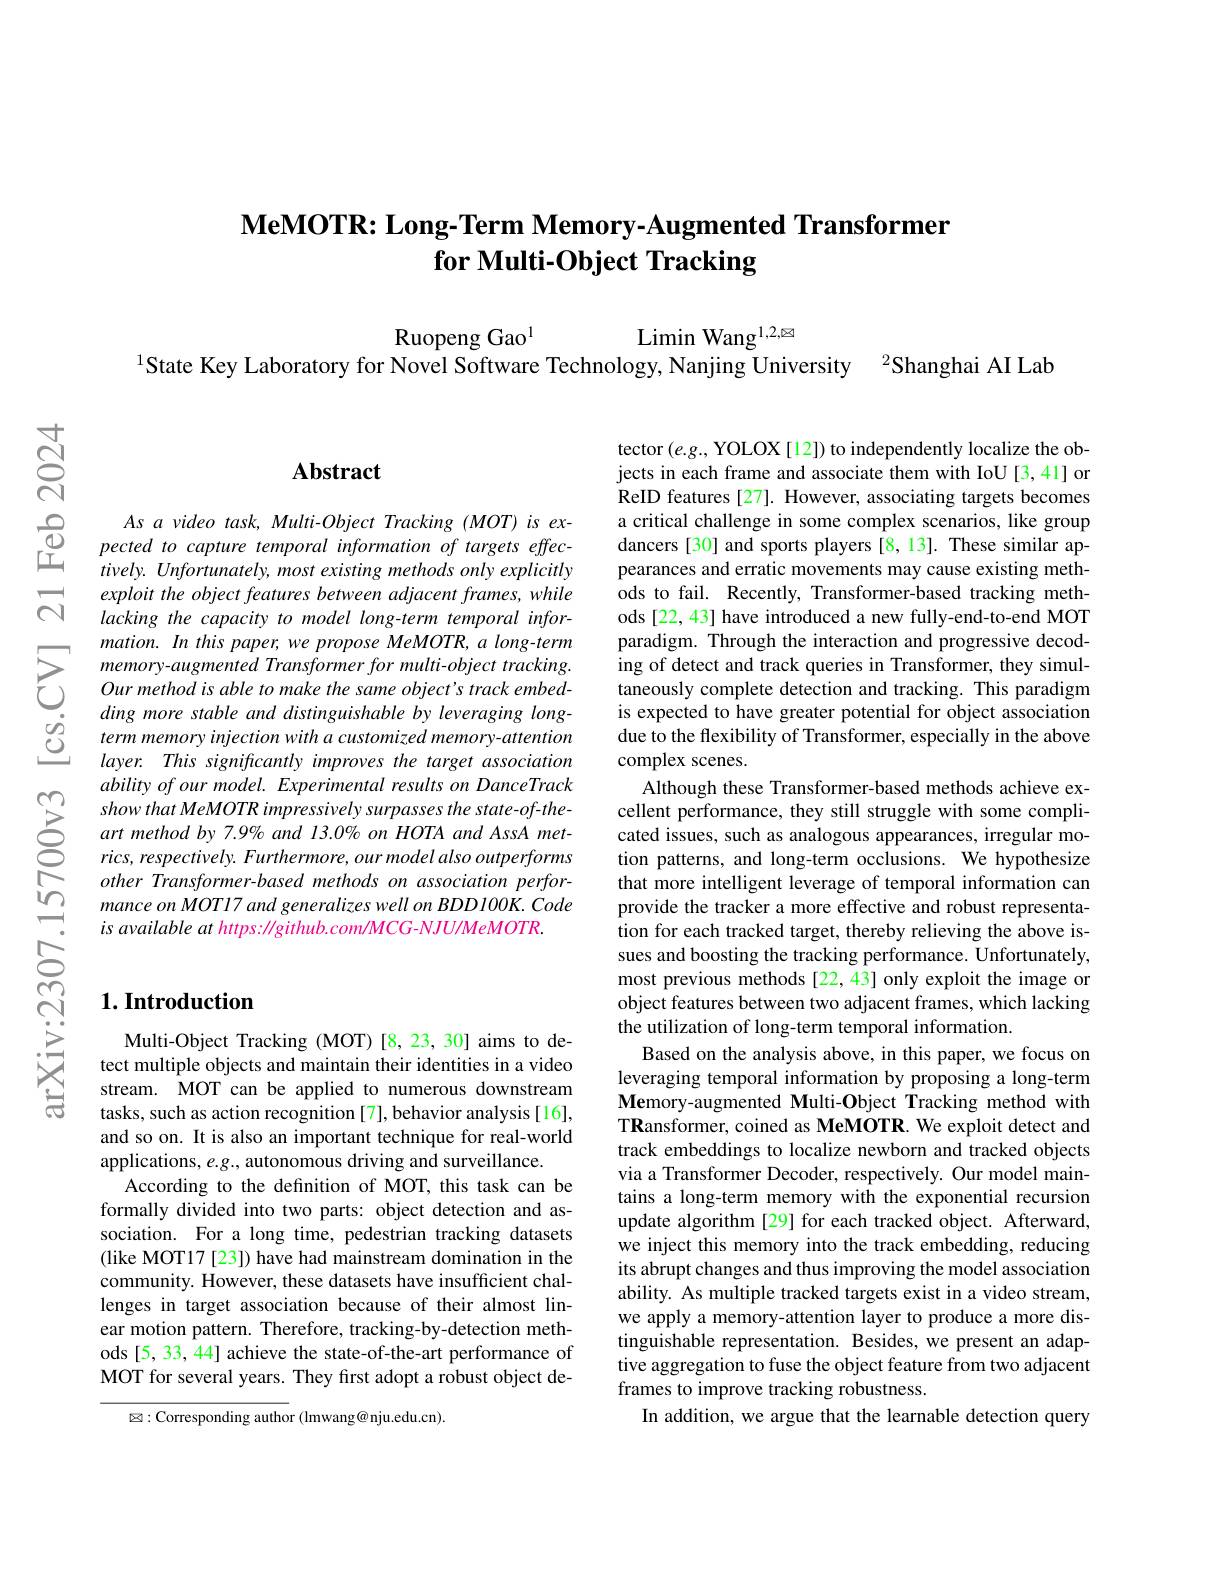
# MeMOTR: Long-Term Memory-Augmented Transformer for Multi-Object Tracking

Ruopeng Gao$^{1}$
Limin Wang$^{1,2,\boxtimes}$
$^{1}$State Key Laboratory for Novel Software Technology, Nanjing University $^{2}$Shanghai AI Lab

$ਨ$

$ন্ল$

## Abstract

$\begin{array}{cccc}&As\:a\:video\:task,\:Multi-Object\:Tracking\:\end{array}$
exploit the object features between adjacent frames, while lacking the capacity to model long-term temporal information. In this paper, we propose MeMOTR, a long-term
$\sum_{\begin{array}{c}\text{memory-augmented Transformer for multi-object tracking.}&\text{ing of detect and trackking.}&\text{ing of detect and track queries in Transformer, they simll-}\\\text{Our method is able to make same objecis track embed-}&\text{taneously complete detection and tracki}\end{array}}$
$\begin{array}{lll}&ding&more&stable&and&distinguishable&by&\end{array}$
$abilityofourmodel.Experimental$ results on DanceTrack show that MeMOTR impressively surpasses the state-of-theart method by 7.9% and 13.0% on HOTA and AssA metrics, respectively. Furthermore, our model also outperforms other Transformer-based methods on association performance on MOT17 and generalizes well on BDD100K. Code $is$ available $at$ $https: / / github. com/ MCG$-NJU/MeMOTR.

## $1. \textbf{Introduction}$

Multi-Object Tracking (MOT)[8,23,30] aims to detect multiple objects and maintain their identities in a video stream. MOT can be applied to numerous downstream tasks, such as action recognition [7], behavior analysis [16], and so on. It is also an important technique for real-world applications, e.g., autonomous driving and surveillance.
According to the definition of MOT, this task can be formally divided into two parts: object detection and association. For a long time, pedestrian tracking datasets (like MOT17 [23]) have had mainstream domination in the community. However, these datasets have insufficient challenges in target association because of their almost linear motion pattern. Therefore, tracking-by-detection methods [5, 33, 44] achieve the state-of-the-art performance of MOT for several years. They first adopt a robust object de-

$\boxtimes:$Corresponding author (lmwang@ nju.edu.cn).

tector $(e.g.$, YOLOX [12]) to independently localize the objects in each frame and associate them with IoU[3,41] or ReID features [27]. However, associating targets becomes a critical challenge in some complex scenarios, like group dancers [30] and sports players [8,13]. These similar appearances and erratic movements may cause existing methods to fail. Recently, Transformer-based tracking methods [22, 43] have introduced a new fully-end-to-end MOT paradigm. Through the interaction and progressive decoddue to the flexibility of Transformer, especially in the above complex scenes.
Although these Transformer-based methods achieve excellent performance, they still struggle with some complicated issues, such as analogous appearances, irregular motion patterns, and long-term occlusions. We hypothesize that more intelligent leverage of temporal information can provide the tracker a more effective and robust representation for each tracked target, thereby relieving the above issues and boosting the tracking performance. Unfortunately, most previous methods [22,43] only exploit the image or object features between two adjacent frames, which lacking the utilization of long-term temporal information.
Based on the analysis above, in this paper, we focus on leveraging temporal information by proposing a long-term Memory-augmented Multi-Object Tracking method with TRansformer, coined as MeMOTR. We exploit detect and track embeddings to localize newborn and tracked objects via a Transformer Decoder, respectively. Our model maintains a long-term memory with the exponential recursion update algorithm [29] for each tracked object. Afterward, we inject this memory into the track embedding, reducing its abrupt changes and thus improving the model association ability. As multiple tracked targets exist in a video stream, we apply a memory-attention layer to produce a more distinguishable representation. Besides, we present an adaptive aggregation to fuse the object feature from two adjacent frames to improve tracking robustness.
In addition, we argue that the learnable detection query